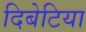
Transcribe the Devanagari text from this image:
दिबेटिया